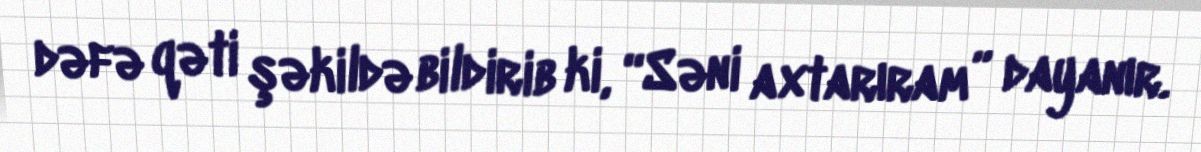
dəfə qəti şəkildə bildirib ki, “Səni axtarıram” dayanır.